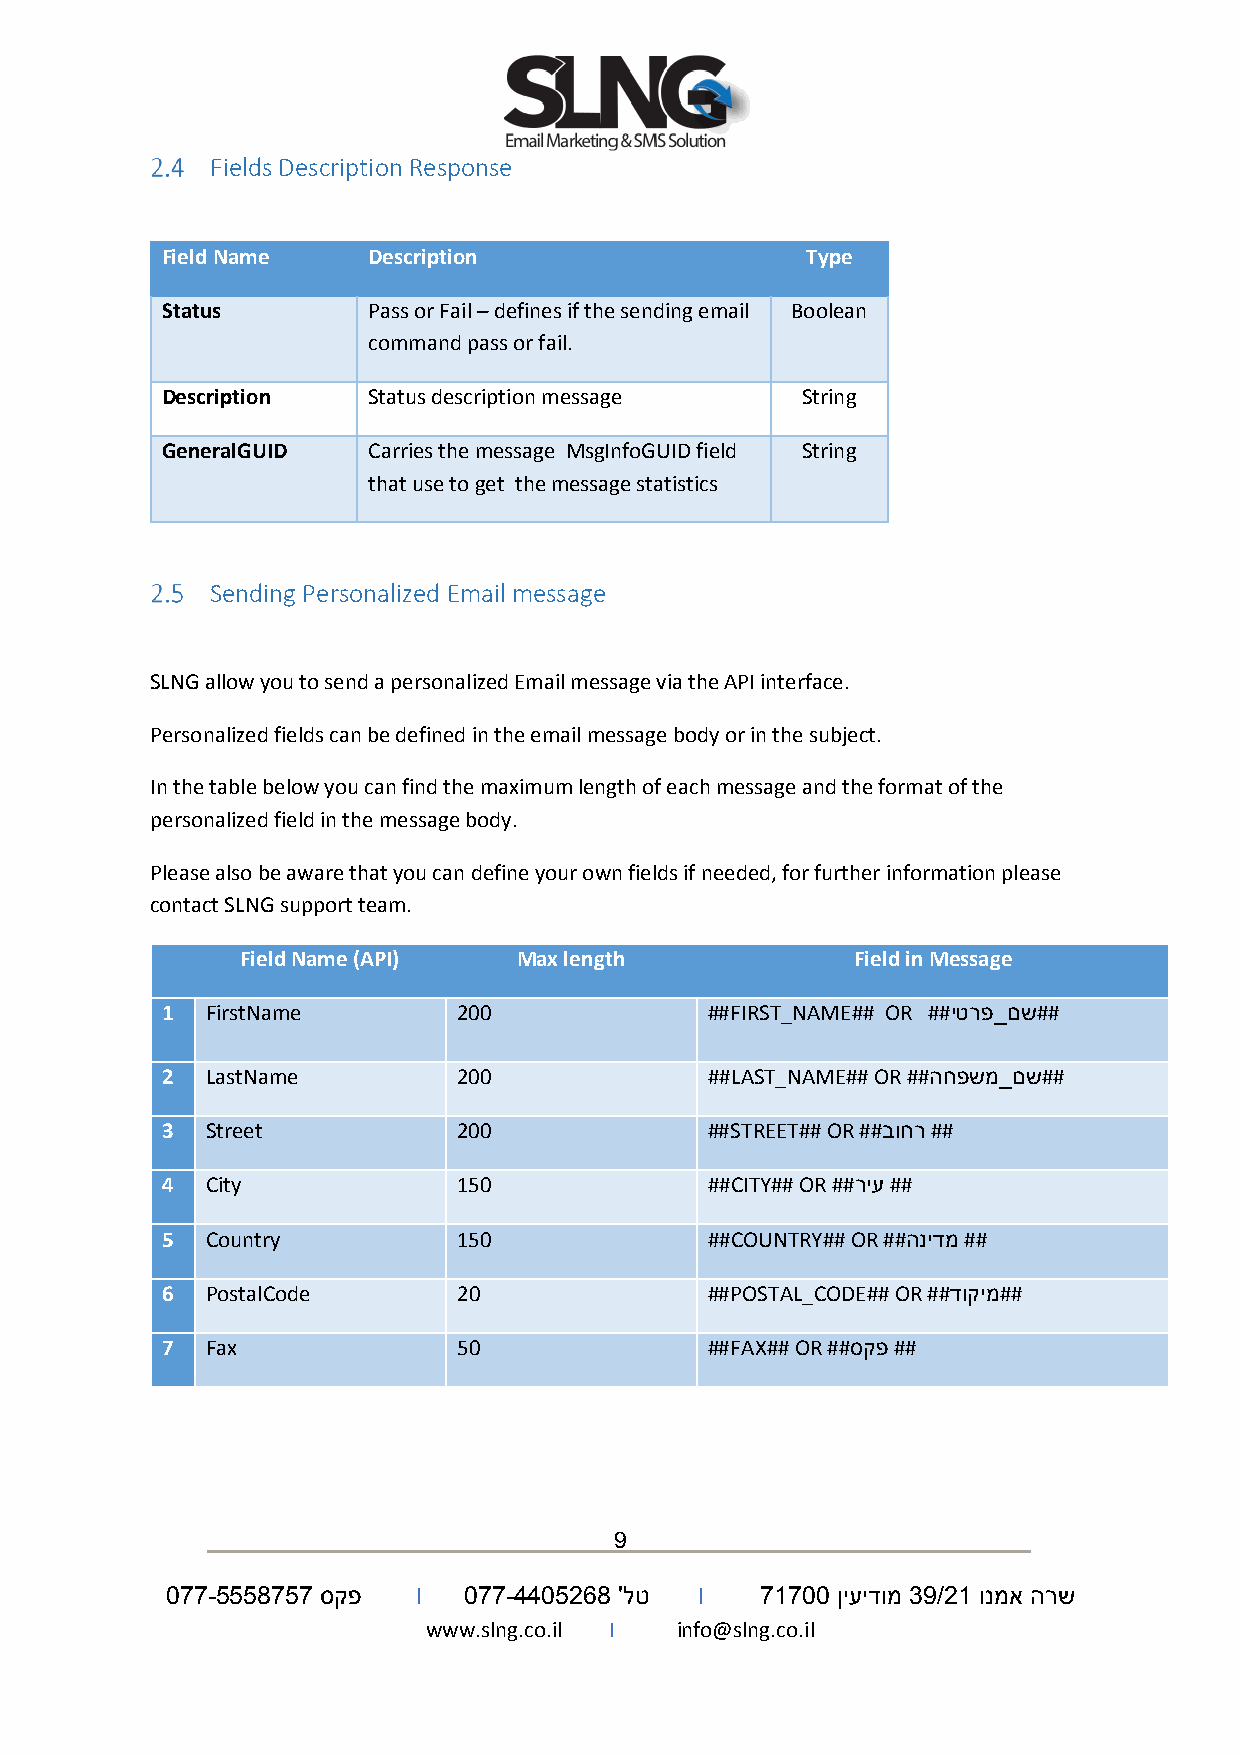
Fields Description Response
 Field Name   Description                  Type
 Status       Pass or Fail – defines if the sending email Boolean
 command pass or fail.
 Description  Status description message   String
 GeneralGUID  Carries the message MsgInfoGUID field String
 that use to get the message statistics
 Sending Personalized Email message
 SLNG allow you to send a personalized Email message via the API interface.
 Personalized fields can be defined in the email message body or in the subject.
 In the table below you can find the maximum length of each message and the format of the
 personalized field in the message body.
 Please also be aware that you can define your own fields if needed, for further information please
 contact SLNG support team.
 Field Name (API)  Max length             Field in Message
 1  FirstName       200              ##FIRST_NAME## OR ##יטרפ_םש##
 2  LastName        200              ##LAST_NAME## OR ##החפשמ_םש##
 3  Street          200              ##STREET## OR ##בוחר ##
 4  City            150              ##CITY## OR ##ריע ##
 5  Country         150              ##COUNTRY## OR ##הנידמ ##
 6  PostalCode      20               ##POSTAL_CODE## OR ##דוקימ##
 7  Fax             50               ##FAX## OR ##סקפ ##
 9
 077-5558757 סקפ  I  077-4405268 'לט I  71700 ןיעידומ 39/21 ונמא הרש
 www.slng.co.il I info@slng.co.il